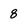
Character: 8